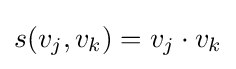
s(v_{j},v_{k})=v_{j}\cdot v_{k}